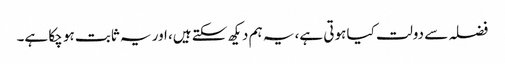
فضلہ سے دولت کیا ہوتی ہے، یہ ہم دیکھ سکتے ہیں، اور یہ ثابت ہو چکا ہے۔